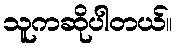
သူကဆိုပါတယ်။